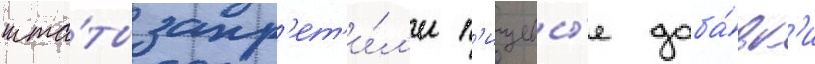
шта́ты запр'ет'и́л'и п'ищевы́е доба́вк'и